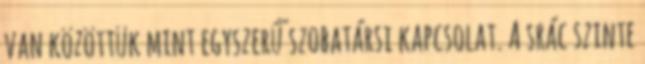
van közöttük mint egyszerű szobatársi kapcsolat. A srác szinte